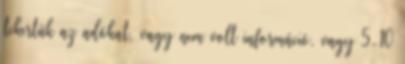
tekertük az adókat, vagy nem volt információ, vagy 5-10